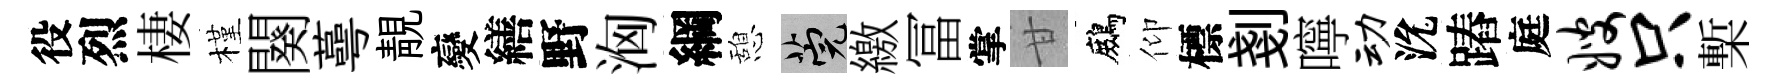
役烈棲槿闋蕚靚變繕野洶綱憩筦繳冨掌甘鷓仰標剗嚀动沇蹖庭嫂只槧